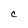
Character: C